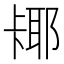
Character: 𫧵